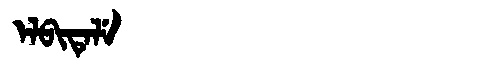
Manchu: ᡝᠯᠪᡳᡨᡝᠯᡝ
Romanization: ELBITELE